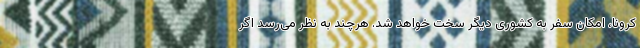
کرونا، امکان سفر به کشوری دیگر سخت خواهد شد. هرچند به نظر می‌رسد اگر